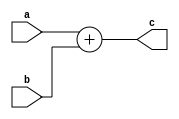
`timescale 1ns / 1ps

module alu(
    input [7:0] a,
    input [7:0] b,
    output [7:0] c
    );
	assign c = a+b;
endmodule